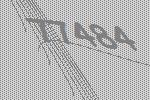
77484